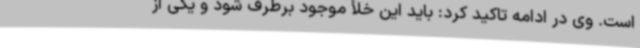
است. وی در ادامه تاکید کرد: باید این خلأ موجود برطرف شود و یکی از